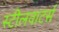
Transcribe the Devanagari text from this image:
स्टीलवाटर्स